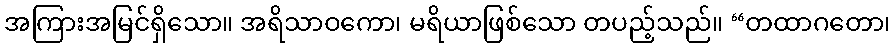
အကြားအမြင်ရှိသော။ အရိသာဝကော၊ မရိယာဖြစ်သော တပည့်သည်။ “တထာဂတော၊